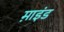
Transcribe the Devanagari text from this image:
म़ाइंड